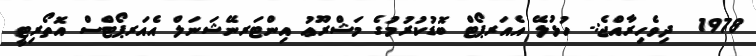
1978  ދިވެހިރާއްޖެ:- ހުޅުލޭ އެއަރޕޯޓް ބޮޑުކުރުމުގެ މަޝްރޫޢު އިންޓަރނޭޝަނަލް އެއަރޕޯޓްސް އޮތޯރިޓީ